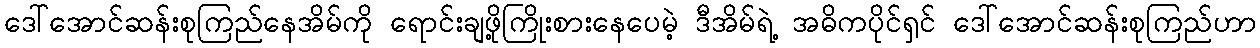
ဒေါ်အောင်ဆန်းစုကြည်နေအိမ်ကို ရောင်းချဖို့ကြိုးစားနေပေမဲ့ ဒီအိမ်ရဲ့ အဓိကပိုင်ရှင် ဒေါ်အောင်ဆန်းစုကြည်ဟာ